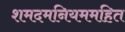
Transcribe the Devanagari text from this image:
शमदमनियममहित